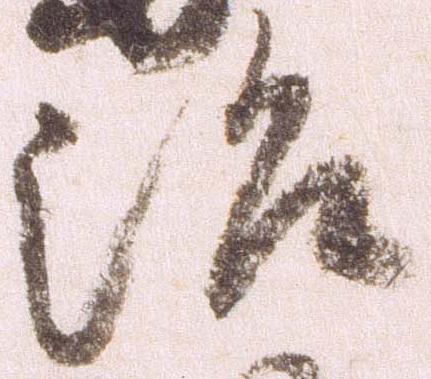
治